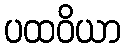
ပထဝိယာ